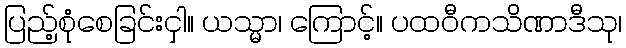
ပြည့်စုံစေခြင်းငှါ။ ယသ္မာ၊ ကြောင့်။ ပထဝီကသိဏာဒီသု၊